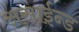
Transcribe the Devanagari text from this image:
असाईन्ड